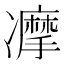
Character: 𠘚